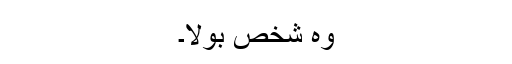
وہ شخص بولا۔